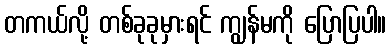
တကယ်လို့ တစ်ခုခုမှားရင် ကျွန်မကို ပြောပြပါ။